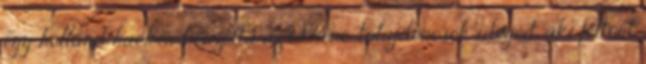
egy holland hacker borzolta az iPhone-tulajdonosok idegeit, aki feltört